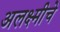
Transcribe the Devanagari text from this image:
अलक्ष्मीचे